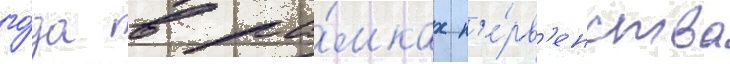
го́да в ра́мках п'е́рв'енства